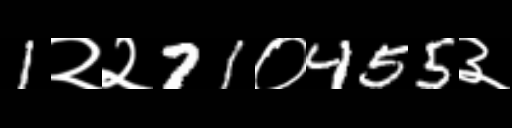
Text: 1२२71०455३